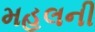
મહલની